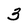
Character: 3